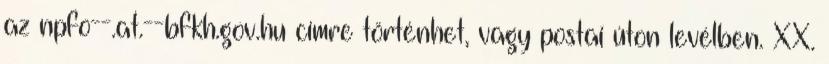
az npfo--.at.--bfkh.gov.hu címre történhet, vagy postai úton levélben. XX.